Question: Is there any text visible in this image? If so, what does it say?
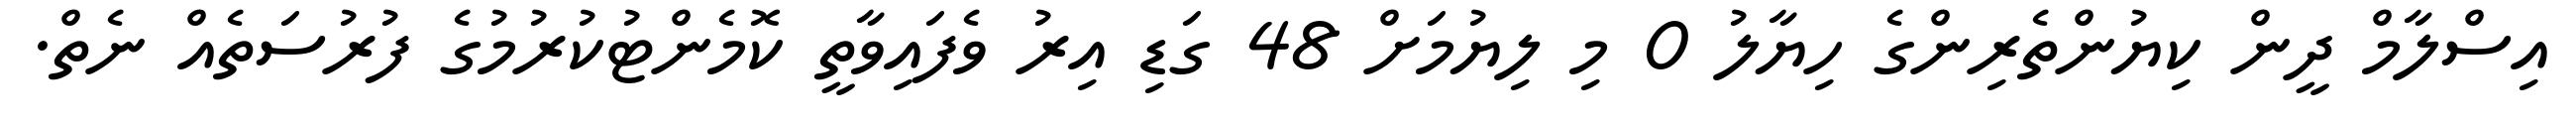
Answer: އިސްލާމް ދީން ކިޔުންތެރިންގެ ހިޔާލު 0 މި ލިޔުމަށް 48 ގަޑި އިރު ވެފައިވާތީ ކޮމެންޓުކުރުމުގެ ފުރުސަތެއް ނެތް.